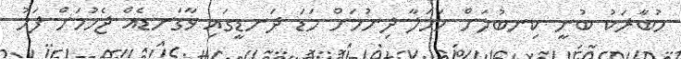
މުބާރަކު ބުނީ ކިނބުލަށް ހަމަލާ ދިނުމަށް މަޑަ ދަނޑީގައި ވާގަނޑެއް ޖެހުމަށް ފަހު